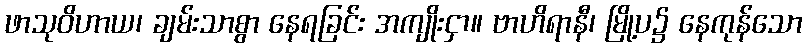
ဖာသုဝိဟာယ၊ ချမ်းသာစွာ နေရခြင်း အကျိုးငှာ။ ဗာဟိရာနီ၊ မြို့ပ၌ နေကုန်သော